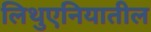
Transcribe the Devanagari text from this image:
लिथुएनियातील